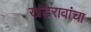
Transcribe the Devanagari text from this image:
खंडेरावांचा